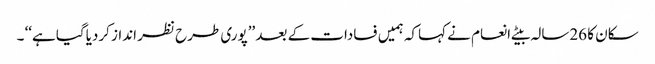
سکان کا 26سالہ بیٹے انعام نے کہاکہ ہمیں فسادات کے بعد ’’پوری طرح نظر انداز کردیاگیا ہے‘‘ ۔